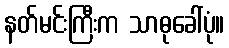
နတ်မင်းကြီးက သာဓုခေါ်ပုံ။